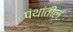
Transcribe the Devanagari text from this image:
पंथांतील